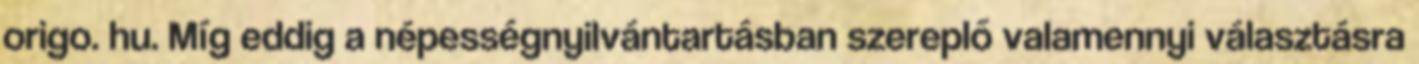
origo. hu. Míg eddig a népességnyilvántartásban szereplő valamennyi választásra